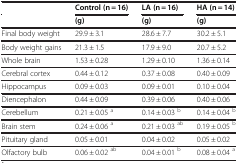
|  | Control (n = 16) | LA (n = 16) | HA (n = 14) |
 |  | (g) | (g) | (g) |
 | --- | --- | --- | --- |
 | Final body weight | 29.9 ± 3.1 | 28.6 ± 7.7 | 30.2 ± 5.1 |
 | Body weight gains | 21.3 ± 1.5 | 17.9 ± 9.0 | 20.7 ± 5.2 |
 | Whole brain | 1.53 ± 0.28 | 1.29 ± 0.10 | 1.36 ± 0.14 |
 | Cerebral cortex | 0.44 ± 0.12 | 0.37 ± 0.08 | 0.40 ± 0.09 |
 | Hippocampus | 0.09 ± 0.03 | 0.09 ± 0.01 | 0.10 ± 0.04 |
 | Diencephalon | 0.44 ± 0.09 | 0.39 ± 0.06 | 0.40 ± 0.06 |
 | Cerebellum | 0.21 ± 0.05 a | 0.14 ± 0.03 b | 0.14 ± 0.04 b |
 | Brain stem | 0.24 ± 0.06 a | 0.21 ± 0.03 ab | 0.19 ± 0.05 b |
 | Pituitary gland | 0.05 ± 0.01 | 0.04 ± 0.02 | 0.05 ± 0.02 |
 | Olfactory bulb | 0.06 ± 0.02 ab | 0.04 ± 0.01 b | 0.08 ± 0.04 a |